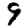
Digit: 9